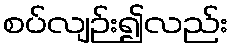
စပ်လျဉ်း၍လည်း